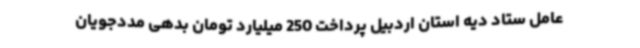
عامل ستاد دیه استان اردبیل پرداخت 250 میلیارد تومان بدهی مددجویان